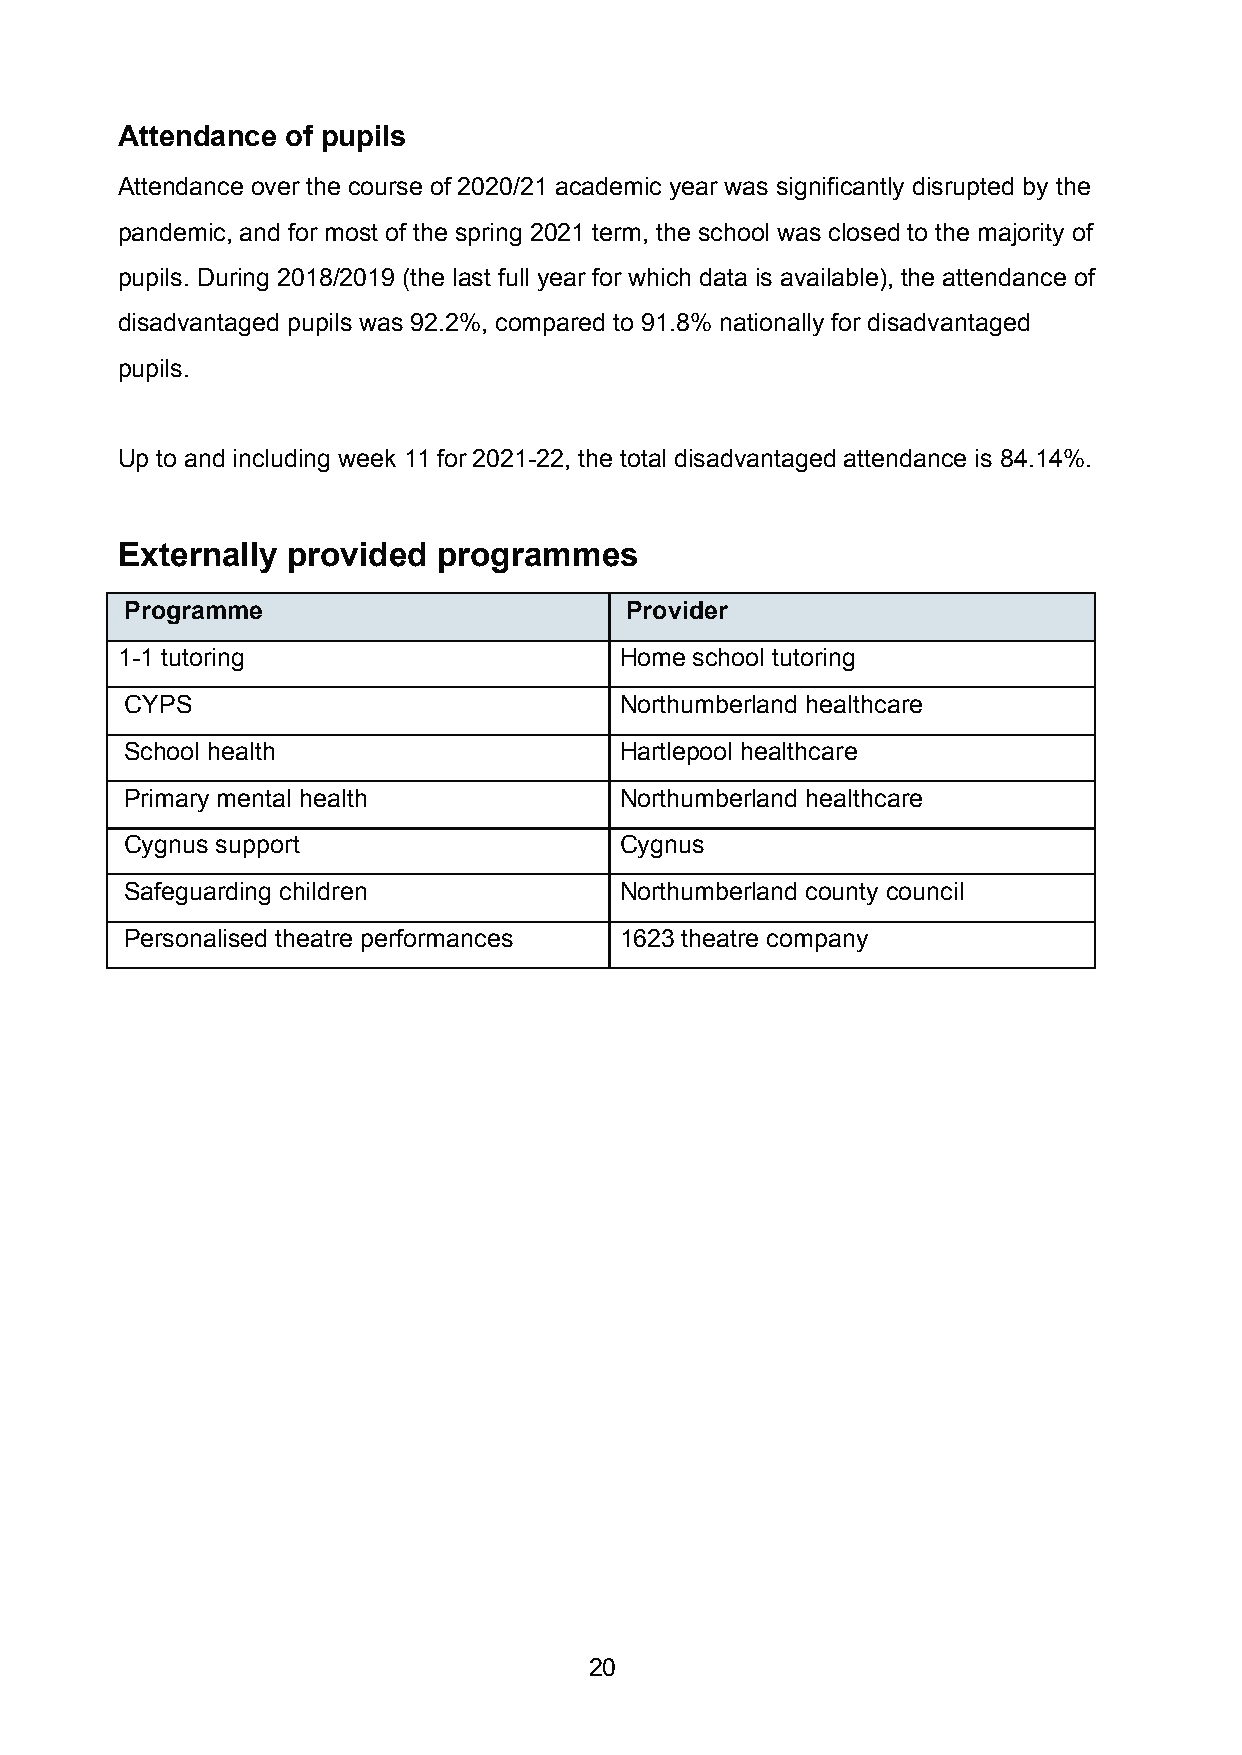
Attendance of pupils
 Attendance over the course of 2020/21 academic year was significantly disrupted by the
 pandemic, and for most of the spring 2021 term, the school was closed to the majority of
 pupils. During 2018/2019 (the last full year for which data is available), the attendance of
 disadvantaged pupils was 92.2%, compared to 91.8% nationally for disadvantaged
 pupils.
 Up to and including week 11 for 2021-22, the total disadvantaged attendance is 84.14%.
 Externally provided  programmes
 Programme                        Provider
 1-1 tutoring                     Home school tutoring
 CYPS                             Northumberland healthcare
 School health                    Hartlepool healthcare
 Primary mental health            Northumberland healthcare
 Cygnus support                   Cygnus
 Safeguarding children            Northumberland county council
 Personalised theatre performances 1623 theatre company
 20